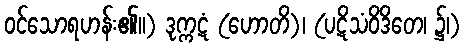
ဝင်သောရဟန်း၏။) ဒုက္ကဋံ (ဟောတိ)၊ (ပဋိသံဝိဒိတေ၊ ၌၊)